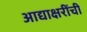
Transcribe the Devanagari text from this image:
आद्याक्षरींची